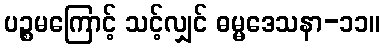
ပဉ္စမကြောင့် သင့်လျှင် ဓမ္မဒေသနာ-၁၁။